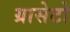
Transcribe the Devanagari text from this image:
ग्रासेटो